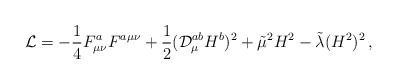
\begin{align*}{\cal L}=-\frac{1}{4}F_{\mu \nu }^{a}F^{a\mu \nu }+\frac{1}{2}({\cal D}_{\mu}^{ab}H^{b})^{2}+\tilde{\mu}^{2}H^{2}-\tilde{\lambda}(H^{2})^{2}\,,\end{align*}